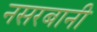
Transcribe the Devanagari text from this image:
नसरबानी